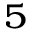
^ { 5 }